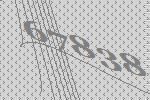
67838